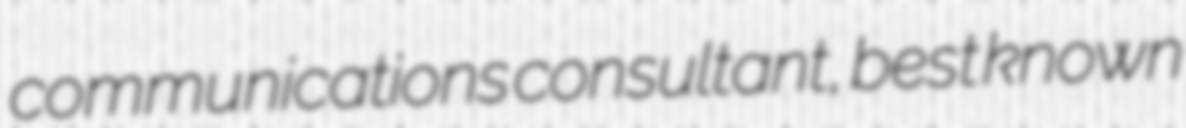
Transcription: communications consultant, best known